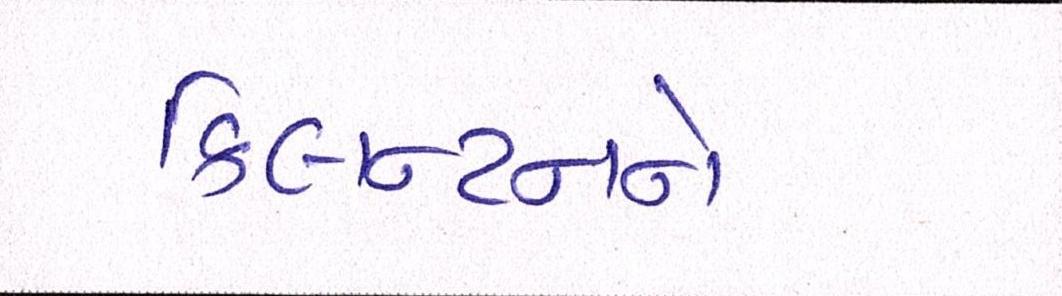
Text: ક્લિન્ટનને